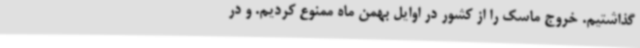
گذاشتیم. خروج ماسک را از کشور در اوایل بهمن ماه ممنوع کردیم. و در